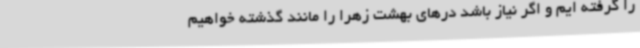
را گرفته ایم و اگر نیاز باشد درهای بهشت زهرا را مانند گذشته خواهیم